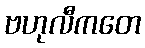
ဗဟုလီကတေ